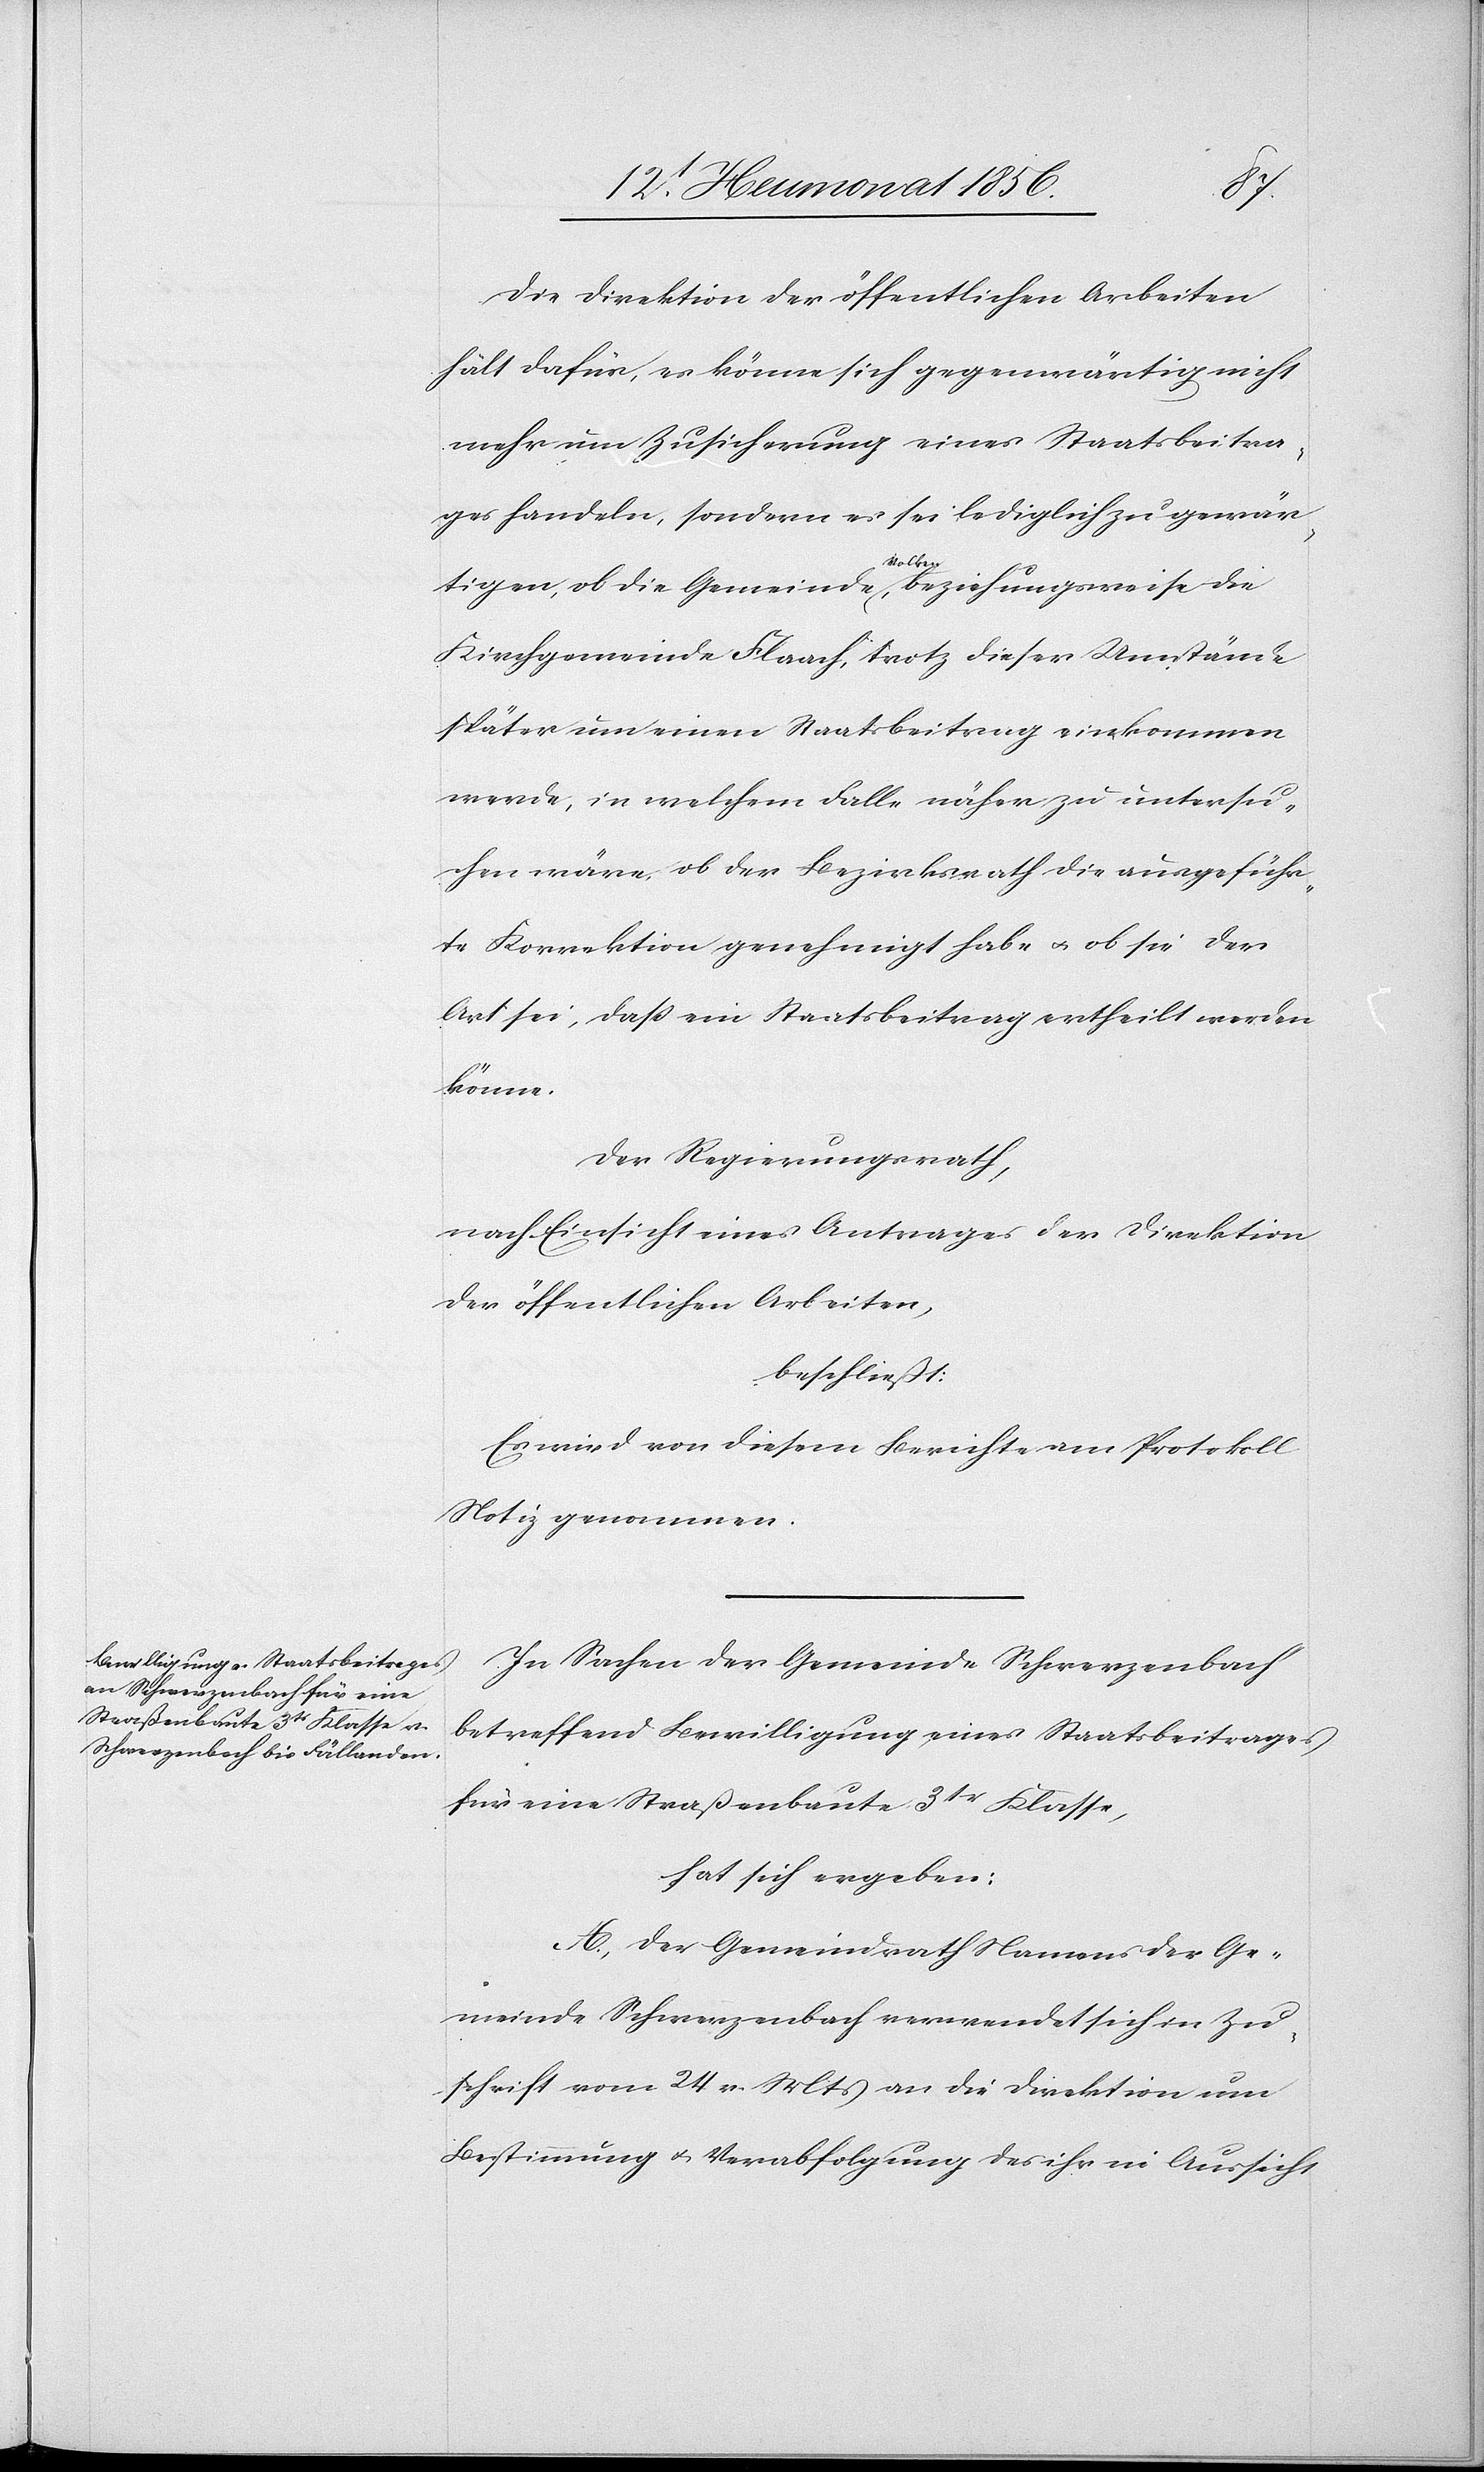
Die Direktion der öffentlichen Arbeiten
hält dafür, es könne sich gegenwärtig nicht
mehr um Zusicherung eines Staatsbeitra¬
ges handeln, sondern es sei lediglich zu gewär¬
tigen, ob die Gemeinde a-Volken-a, beziehungsweise die
Kirchgemeinde Flaach, trotz dieser Umstände
später um einen Staatsbeitrag einkommen
werde, in welchem Falle näher zu untersu¬
chen wäre, ob der Bezirksrath die ausgeführ¬
te Korrektion genehmigt habe u. ob sie der
Art sei, dass ein Staatsbeitrag ertheilt werden
könne.
Der Regierungsrath,
nach Einsicht eines Antrages der Direktion
der öffentlichen Arbeiten,
beschließt:
Es wird von diesem Berichte am Protokoll
Notiz genommen.
In Sachen der Gemeinde Schwerzenbach
betreffend Bewilligung eines Staatsbeitrages
für eine Straßenbaute 3tr Klasse,
hat sich ergeben:
A. Der Gemeindrath Namens der Ge¬
meinde Schwerzenbach verwendet sich in Zu¬
schrift vom 24 v. Mts an die Direktion um
Bestimmung u. Verabfolgung des ihr in Aussicht